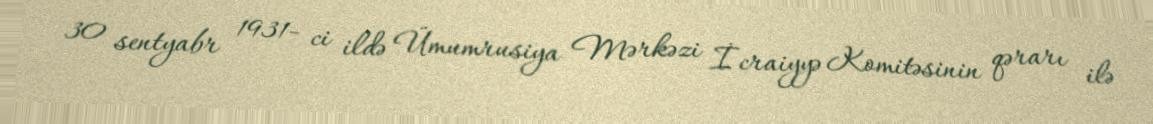
30 sentyabr 1931- ci ildə Ümumrusiya Mərkəzi İcraiyyə Komitəsinin qərarı ilə